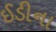
ઈડીના